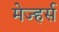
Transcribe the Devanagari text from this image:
मेज्हर्स